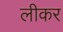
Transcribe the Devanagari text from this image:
लीकर